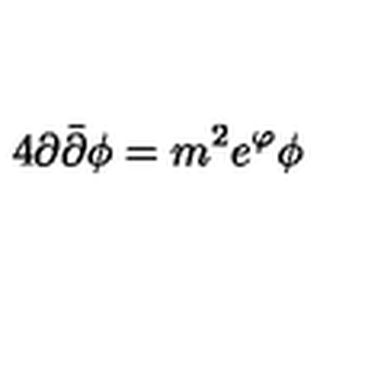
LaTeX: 4 \partial \bar { \partial } \phi = m ^ { 2 } e ^ { \varphi } \phi